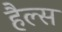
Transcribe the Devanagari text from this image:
हैल्स